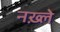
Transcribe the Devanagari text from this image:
नख़्ले